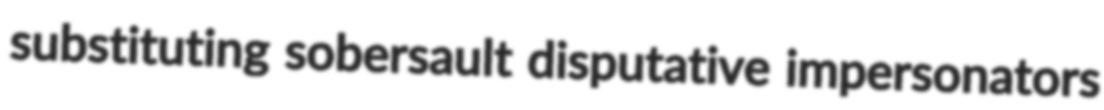
substituting sobersault disputative impersonators